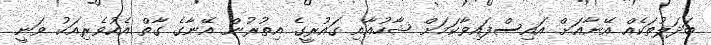
ބަދަލުތަކެއް އޭނާއަށް އައިސްފައިވާކަމަށް ޝާހުއާއި ގައުރީގެ އިތުރުން އޭނާގެ ގާތް އެކުވެރިއަކު ވަނީ